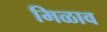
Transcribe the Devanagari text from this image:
मिळाव